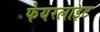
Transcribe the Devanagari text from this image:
फेयरलाइट